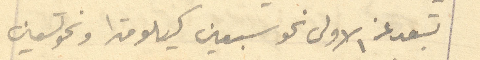
تبعد عن الاولى نحو سبعين كيلومترا ونحو تسعين